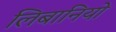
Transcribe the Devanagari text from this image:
लिबानियो